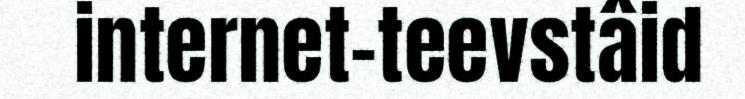
internet-teevstâid